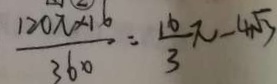
\frac { 1 2 0 \pi \times 1 6 } { 3 6 0 } = \frac { 1 6 } { 3 } \pi - 4 \sqrt { 3 }